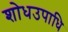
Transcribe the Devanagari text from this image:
शोधउपाधि